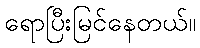
ရောပြီးမြင်နေတယ်။